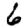
Digit: 6